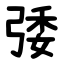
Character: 㢻